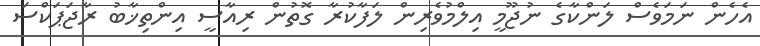
އެހެން ނަމަވެސް ލަންކާގެ ނުޖޫމީ އިލްމުވެރިން ލަފާކުރާ ގޮތުން ރިއާސީ އިންތިޚާބު ރާޖަޕަކްސަ